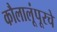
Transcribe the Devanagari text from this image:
कौलालूंपूरचे